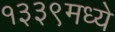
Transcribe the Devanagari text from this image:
१३३९मध्ये